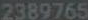
2389765